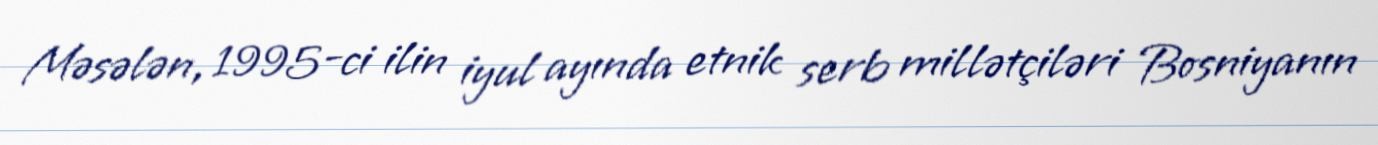
Məsələn, 1995-ci ilin iyul ayında etnik serb millətçiləri Bosniyanın